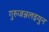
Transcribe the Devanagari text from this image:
गुरुजन्नलइयुन